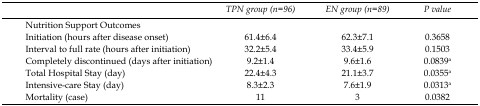
<table><thead><tr><td></td><td><b>TPN group (n=96)</b></td><td><b>EN group (n=89)</b></td><td><b>P value</b></td></tr></thead><tbody><tr><td>Nutrition Support Outcomes</td><td></td><td></td><td></td></tr><tr><td>Initiation (hours after disease onset)</td><td>61.4±6.4</td><td>62.3±7.1</td><td>0.3658</td></tr><tr><td>Interval to full rate (hours after initiation)</td><td>32.2±5.4</td><td>33.4±5.9</td><td>0.1503</td></tr><tr><td>Completely discontinued (days after initiation)</td><td>9.2±1.4</td><td>9.6±1.6</td><td>0.0839<sup>a</sup></td></tr><tr><td>Total Hospital Stay (day)</td><td>22.4±4.3</td><td>21.1±3.7</td><td>0.0355<sup>a</sup></td></tr><tr><td>Intensive-care Stay (day)</td><td>8.3±2.3</td><td>7.6±1.9</td><td>0.0313<sup>a</sup></td></tr><tr><td>Mortality (case)</td><td>11</td><td>3</td><td>0.0382</td></tr></tbody></table>